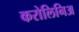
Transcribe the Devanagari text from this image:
करोलिनिअ